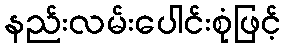
နည်းလမ်းပေါင်းစုံဖြင့်